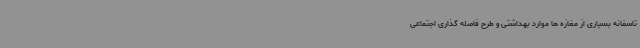
تاسفانه بسیاری از مغازه ها موارد بهداشتی و طرح فاصله گذاری اجتماعی